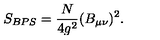
S _ { B P S } = \frac { N } { 4 g ^ { 2 } } ( B _ { \mu \nu } ) ^ { 2 } .